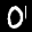
Label: 0